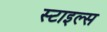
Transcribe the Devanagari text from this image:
स्‍टाइल्‍स